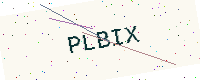
Text: PLBIX